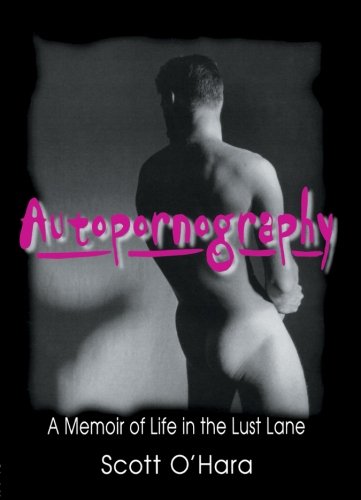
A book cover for Autopornography: A Memoir of Life in the Lust Lane (Haworth Gay & Lesbian Studies); John Dececco  Phd; Gay & Lesbian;